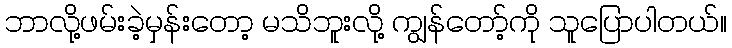
ဘာလို့ဖမ်းခဲ့မှန်းတော့ မသိဘူးလို့ ကျွန်တော့်ကို သူပြောပါတယ်။